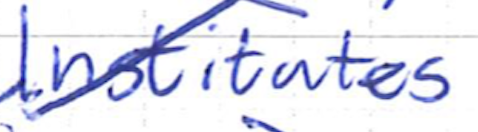
Text: Institutes
Cross-out: diagonal
Writing tool: ballpoint